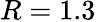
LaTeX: R=1.3